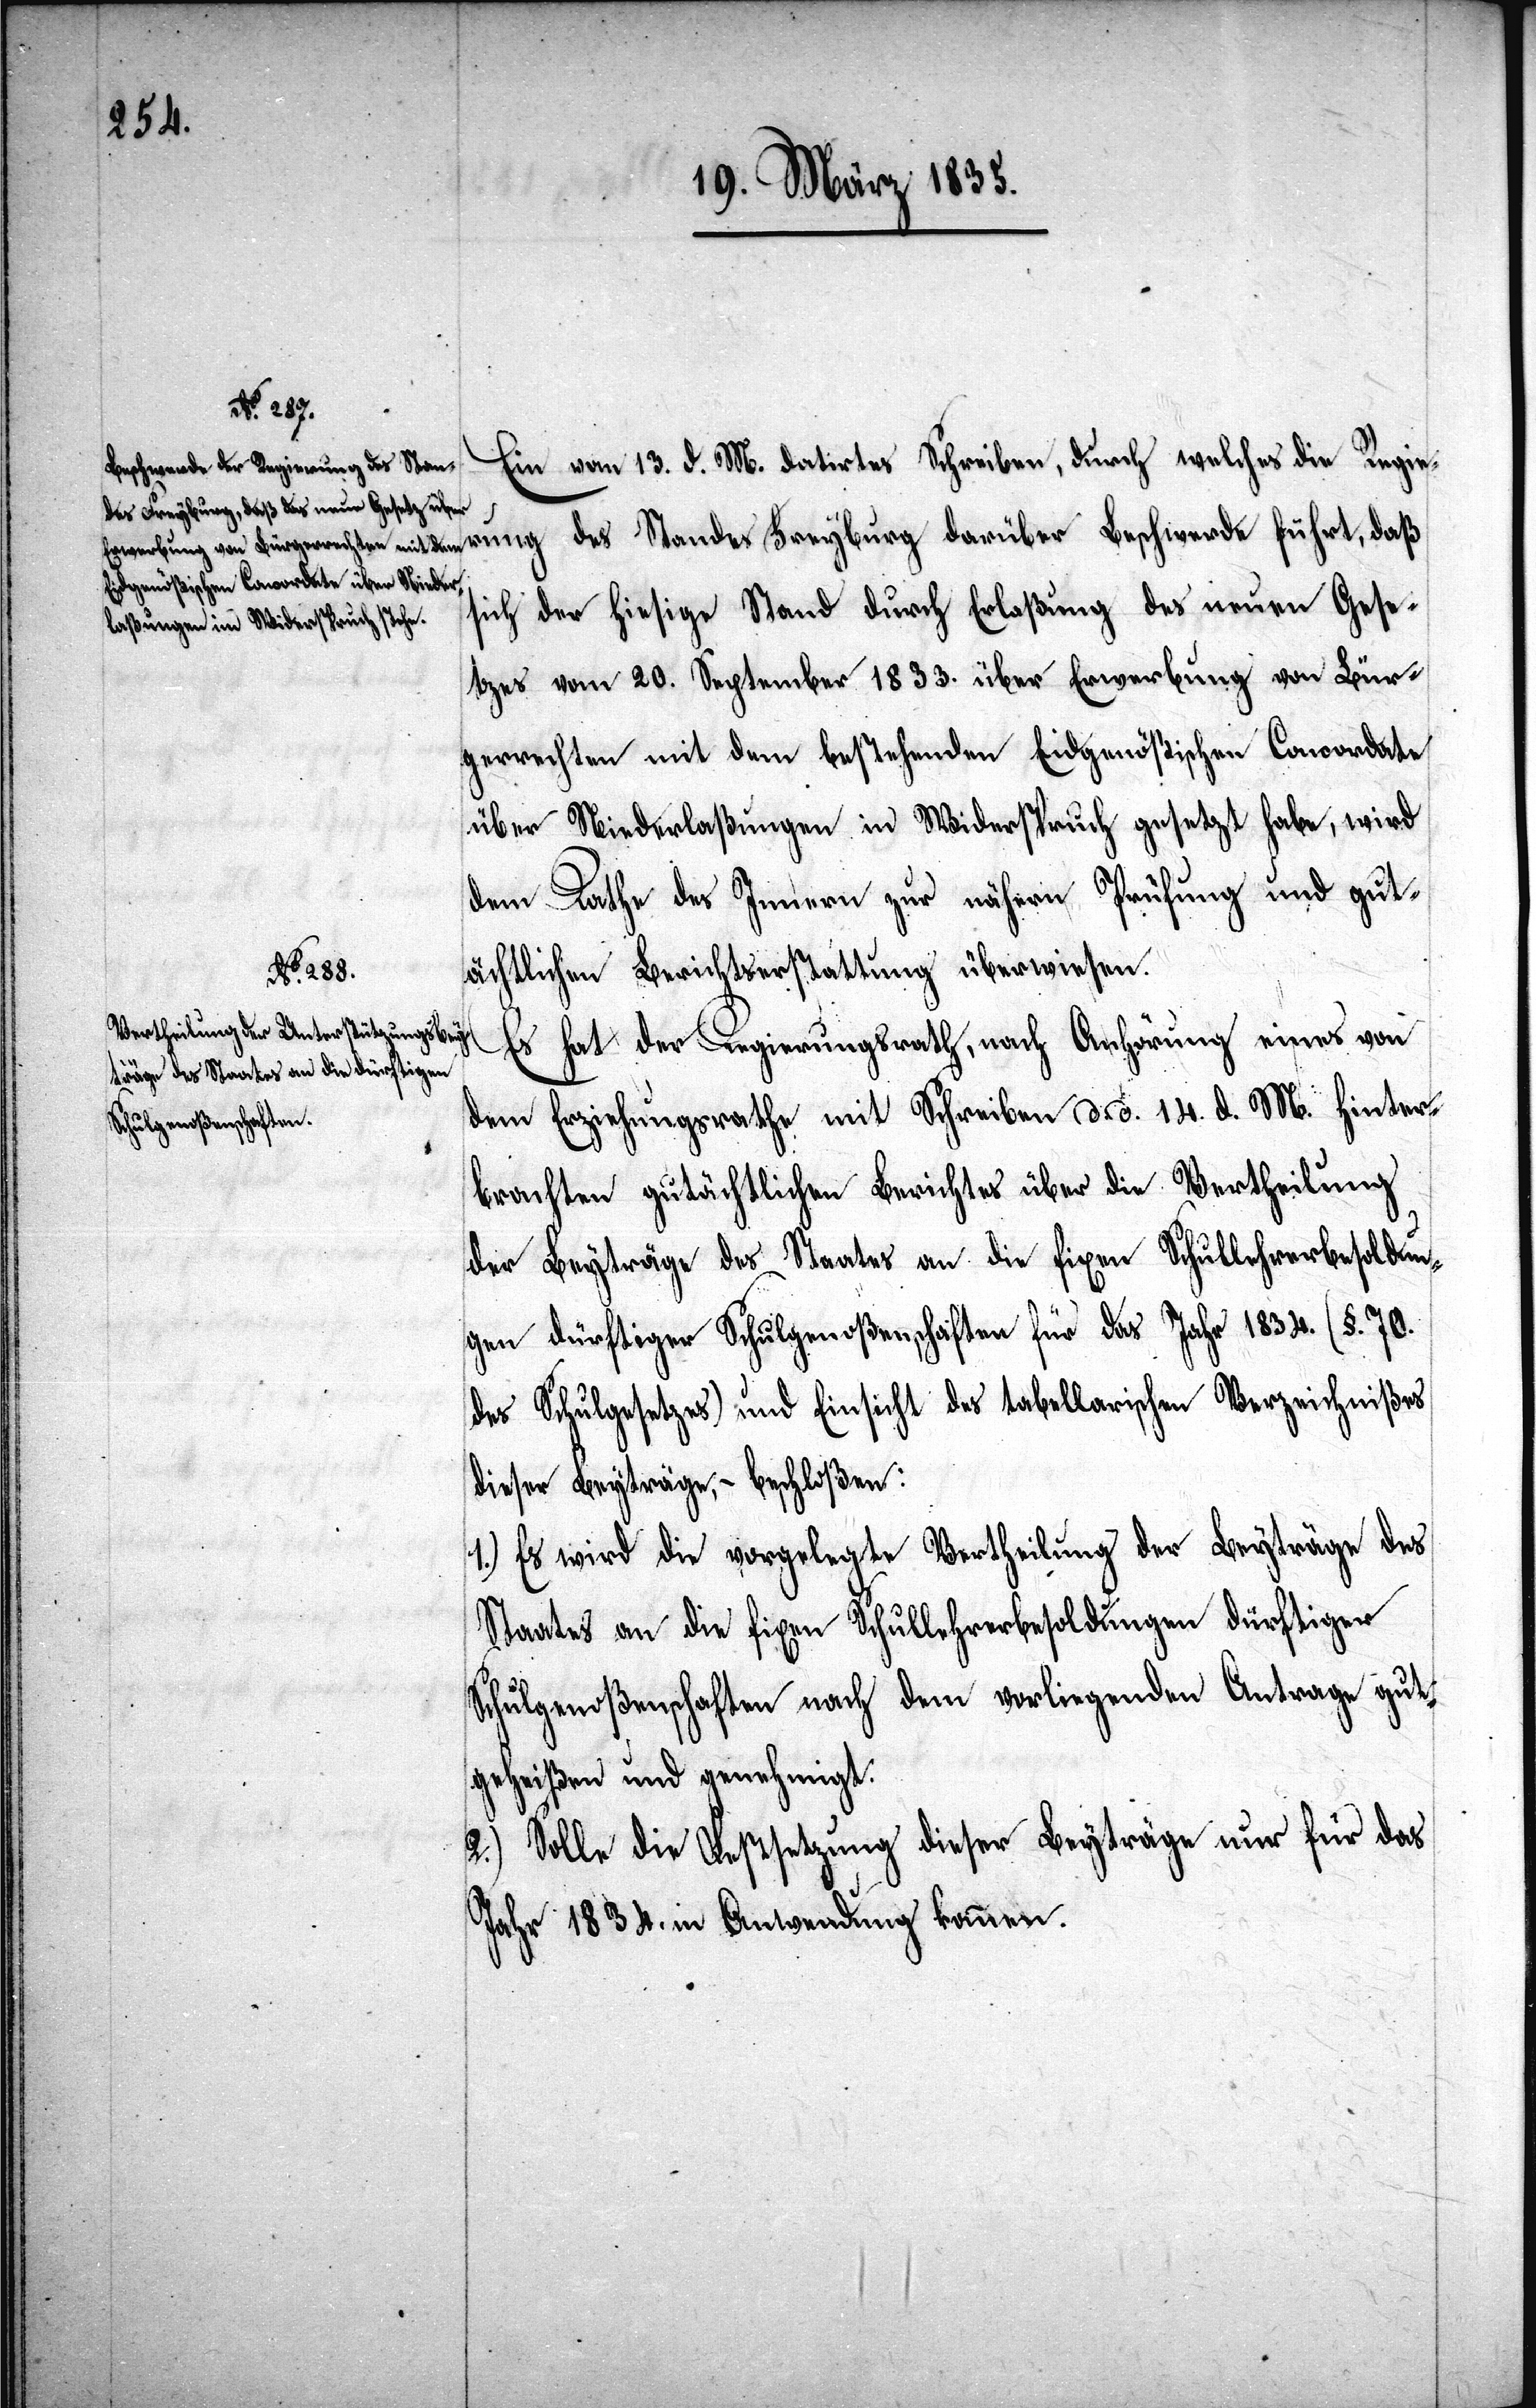
Ein vom 13. d. M. datirtes Schreiben, durch welches die Regie¬
rung des Standes Freyburg darüber Beschwerde führt, daß
sich der hiesige Stand durch Erlaßung des neuen Gese¬
tzes vom 20. September 1833. über Erwerbung von Bür¬
gerrechten mit dem bestehenden Eidgenößischen Concordate
über Niederlaßungen in Widerspruch gesetzt habe, wird
dem Rathe des Innern zur nähern Prüfung und gut¬
ächtlichen Berichtserstattung überwiesen.
vom Erziehungsrathe mit Schreiben d. d. 14. d. M. hinter¬
brachten gutächtlichen Berichtes über die Vertheilung
der Beyträge des Staates an die fixen Schullehrerbesoldun¬
gen dürftiger Schulgenoßenschaften für das Jahr 1834. (§. 70.
des Schulgesetzes) und Einsicht des tabellarischen Verzeichnißes
dieser Beyträge, – beschloßen:
1.) Es wird die vorgelegte Vertheilung der Beyträge des
Staates an die fixen Schullehrerbesoldungen dürftiger
Schulgenoßenschaften nach dem vorliegenden Antrage gut¬
geheißen und genehmigt.
2.) Solle die Festsetzung dieser Beyträge nur für das
Jahr 1834. in Anwendung kommen.